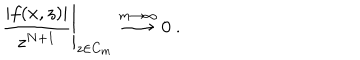
{ \left. \frac { | f ( x , z ) | } { z ^ { N + 1 } } \right| } _ { z \in C _ { m } } \stackrel { m \to \infty } { \longrightarrow } 0 \ .